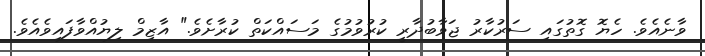
ވާނެއެވެ. ހެޔޮ ގޮތުގައި ސަރުކާރު ޖަވާބުދާރީ ކުރުވުމުގެ މަސައްކަތް ކުރާށެވެ." އާޒިމް ލިޔުއްވާފައިވެއެވެ.